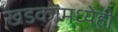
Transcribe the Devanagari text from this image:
खडकांमध्येही